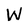
Character: W